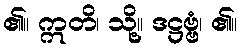
၏။ ဣတိ၊ သို့။ ဒဋ္ဌဗ္ဗံ၊ ၏။